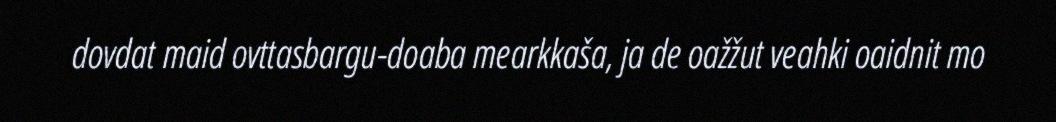
dovdat maid ovttasbargu-doaba mearkkaša, ja de oažžut veahki oaidnit mo